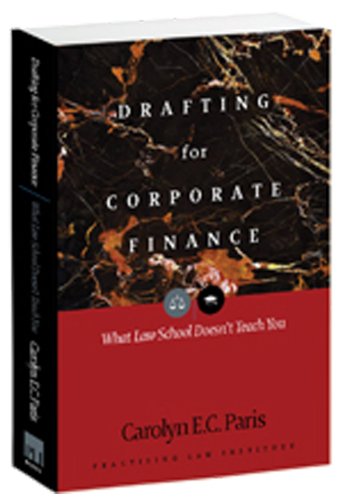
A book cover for Drafting for Corporate Finance: What Law School Doesn't Teach You (PLI's Corporate and Securities Law Library); Carolyn E. C. Paris; Law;